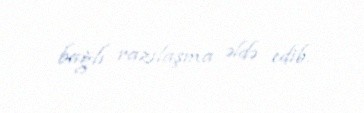
bağlı razılaşma əldə edib.